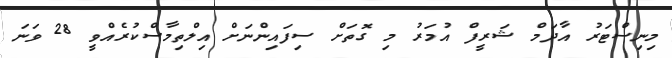
މިނިސްޓަރު އާދަމް ޝަރީފް އުމަރު މި ގޮތަށް ސިފައިންނަށް އިލްތިމާސްކުރެއްވީ 28 ވަނަ